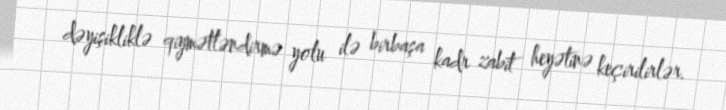
dəyişikliklə qiymətləndirmə yolu ilə birbaşa kadr zabit heyətinə keçirilirlər.